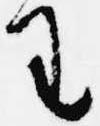
王